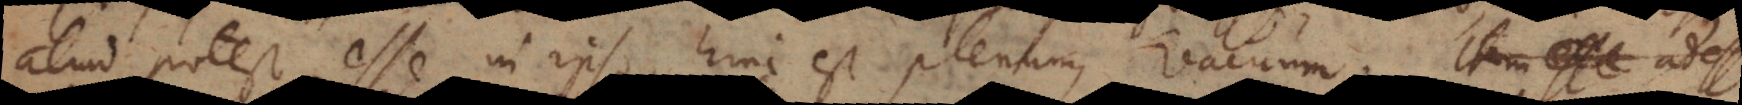
aliud potest esse in ipso, hinc est plenum, vacuum. Item esse